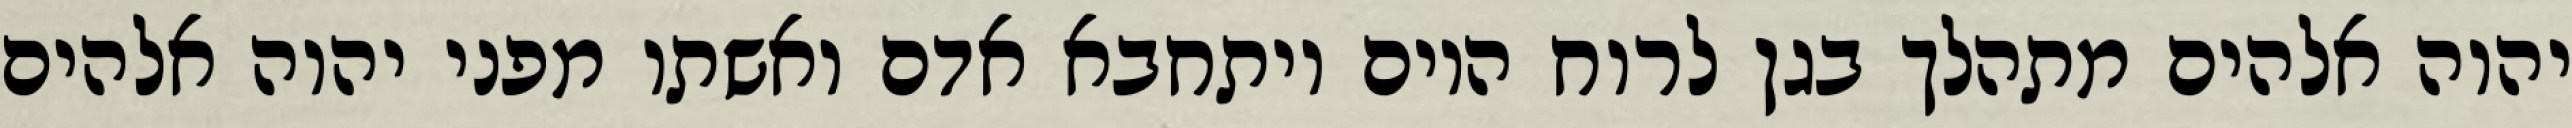
יהוה אלהים מתהלך בגן לרוח היום ויתחבא אדם ואשתו מפני יהוה אלהים